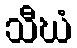
သီဃံ